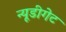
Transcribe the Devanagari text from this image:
न्यूडीगेट